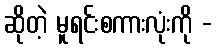
ဆိုတဲ့ မူရင်းစကားလုံးကို -